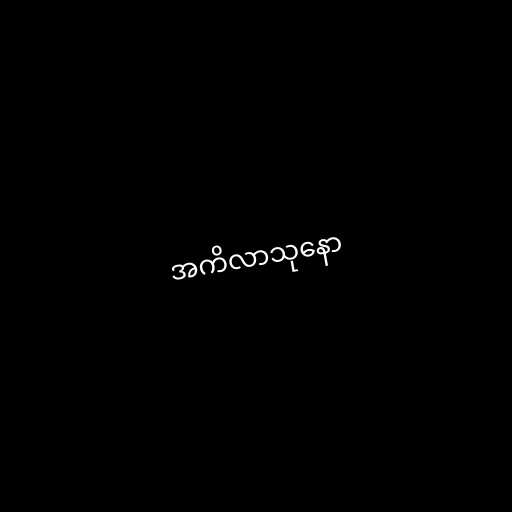
အကိလာသုနော